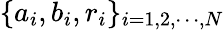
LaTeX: \{ a_{i},b_{i},r_{i}\} _{i=1,2,\cdots,N}